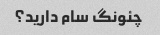
چئونگ سام دارید؟